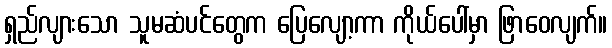
ရှည်လျားသော သူမဆံပင်တွေက ပြေလျော့ကာ ကိုယ်ပေါ်မှာ ဖြာဝေလျက်။